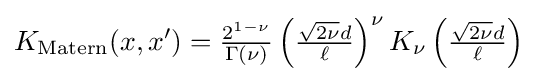
K_{\operatorname {Matern} }(x,x')={\tfrac {2^{1-\nu }}{\Gamma (\nu )}}\left({\tfrac {{\sqrt {2\nu }}d}{\ell }}\right)^{\nu }K_{\nu }\left({\tfrac {{\sqrt {2\nu }}d}{\ell }}\right)